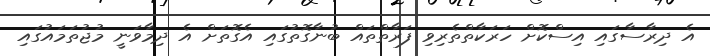
އެ ދިރާސާގައި އިސްކޮށް ހަރަކާތްތެރިވި ފަރާތްތައް ބުނާގޮތުގައި އެގޮތަށް އެ ދިމާވަނީ މުޖުތަމައުގައި